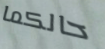
حالكما